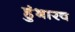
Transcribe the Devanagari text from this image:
हुंभारव